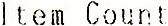
ITEM COUNT